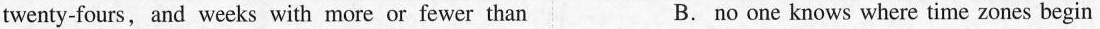
twenty-fours, and weeks with more or fewer than B.no one knows where time zones begin